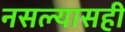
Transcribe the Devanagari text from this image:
नसल्यासही